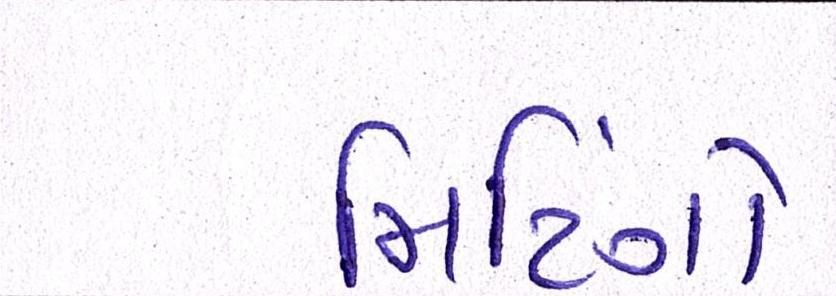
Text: મિટિંગો